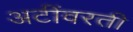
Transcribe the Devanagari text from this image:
अटींवरती